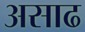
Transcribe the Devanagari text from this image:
असाढ